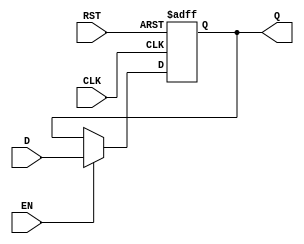
module IntermediateRegister #(
    parameter WIDTH = 8  // Parameterized width of the register (default is 8 bits)
)(
    input wire [WIDTH-1:0] D,    // Data input
    input wire CLK,               // Clock input
    input wire RST,               // Asynchronous reset input
    input wire EN,                // Enable input signal (optional)
    output reg [WIDTH-1:0] Q      // Data output
);

// Sequential logic for register operation
always @(posedge CLK or posedge RST) begin
    if (RST) begin
        Q <= {WIDTH{1'b0}};       // Reset output to zero
    end
    else if (EN) begin
        Q <= D;                   // Store input data on clock edge if enabled
    end
    // If EN is not asserted, do nothing (hold the previous value)
end

endmodule